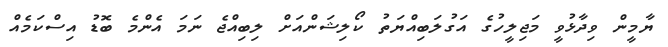
ޔާމީން ވިދާޅުވީ މަޖިލީހުގެ އަގުލަބިއްޔަތު ކޯލިޝަންއަށް ލިބިއްޖެ ނަމަ އެންމެ ބޮޑު އިސްކަމެއް